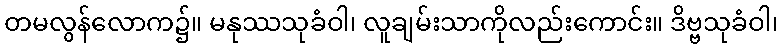
တမလွန်လောက၌။ မနုဿသုခံဝါ၊ လူချမ်းသာကိုလည်းကောင်း။ ဒိဗ္ဗသုခံဝါ၊